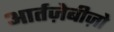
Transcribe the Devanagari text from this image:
आर्तज़ेबीज़ो